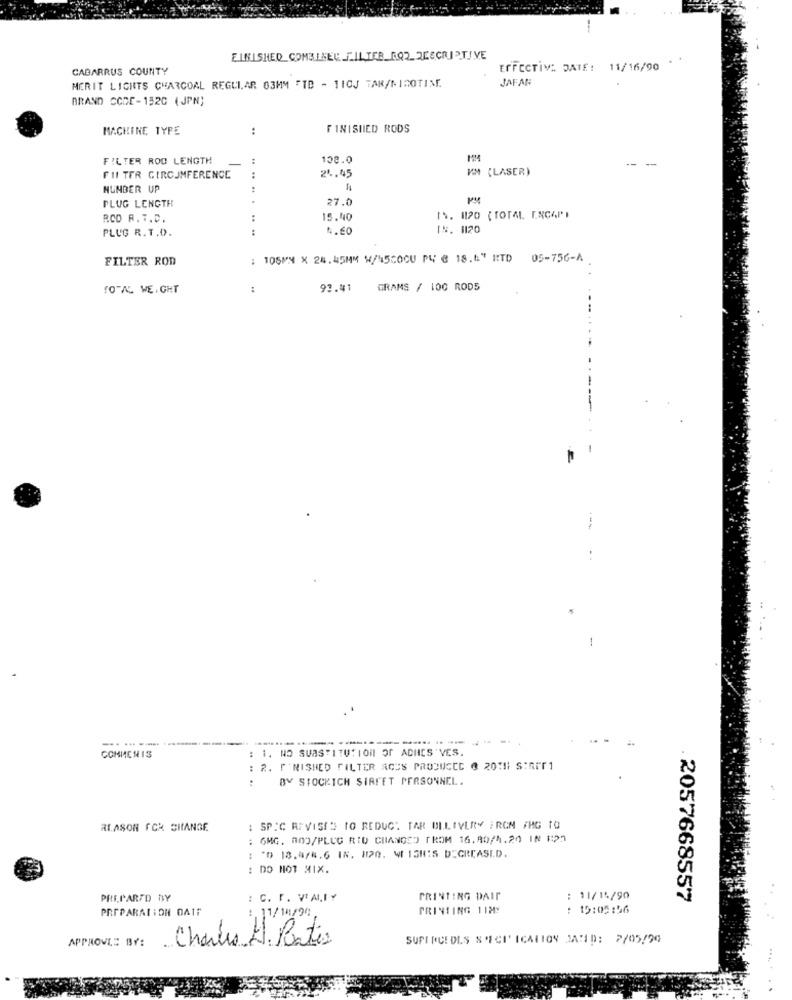
-
FINISHED COMBINER FILTER_ROZ DESCRIPTIVE
.
CABARRUS COUNTY
EFFECTIVE DATE: 11/16/90
MERIT LIGHTS CHARCOAL REGULAR 03MM FTD - 11OJ TAR/MIMOTIME.
JAFAR
BRAND CCDE-1520 (JPN)
MACHINE TYPE
:
FINISHED RODS
FILTER ROD LENGTH
108.0
-- -
21.45
KM (LASER)
FII TER CIRCUMFERENCE
HUNBER UP
PLUG LENGTH
27.0
RCD A. T.C.
15.40
IN. 8120 ( TOTAL ENCAP)
PLUG R.T.D.
:
1.60
IN. 1120
FILTER ROD
105MM X 28.45MM W/450CU PU @ 18.6" RTD 05-756-A
..
TOTAL WE GHT
92.41
GRAMS / 100 RODS
-
-.. ... -------
: 1. NO SUBSTITUTION OF ADHES 'VES.
COMMEN IS
: 2. I'NISHED FILTER ACUS PRODUCED @ 20 !! S:APT1
:
BY STOCKICH SIRFET PERSONNEL.
REASON FOR CHANGE
: SPIC REVISES TO REDUCE TAR ULLIVERY ERCM FHG TO
OMG. ROO/PLUG RID CHANGED FROM 16.90/1.20 IN 122
*D 18.4/8.6 IN. H20. WE ISHIS DECREASED.
: DO NOT XIX.
PREPARED BY
: C. F. VALIY
PRINTING DAIT
: 11/14/90
2057668557
PREPARATION DATE
PRINTING 11MY
: 15:05:56
.11/18/94
APPROVE: BY:
Charles H. Bates
SUPINCEDLS SPECT ICATION DARID: 7/05/90